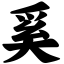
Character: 奚